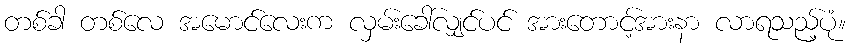
တစ်ခါ တစ်လေ အမောင်လေးက လှမ်းခေါ်လျှင်ပင် အားတောင့်အားနာ လာရသည့်ပုံ။